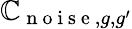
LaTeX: \mathbb{C}_{\mathrm{{~n~o~i~s~e~}},g,g^{\prime}}